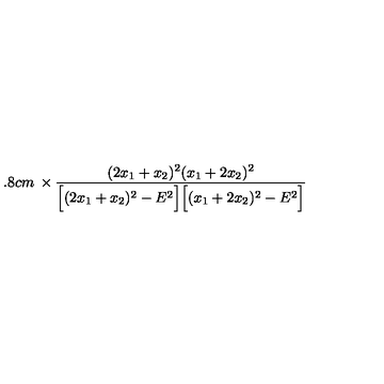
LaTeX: \makebox [ 2 . 8 c m ] { } \times \frac { ( 2 x _ { 1 } + x _ { 2 } ) ^ { 2 } ( x _ { 1 } + 2 x _ { 2 } ) ^ { 2 } } { \Big [ ( 2 x _ { 1 } + x _ { 2 } ) ^ { 2 } - E ^ { 2 } \Big ] \Big [ ( x _ { 1 } + 2 x _ { 2 } ) ^ { 2 } - E ^ { 2 } \Big ] }